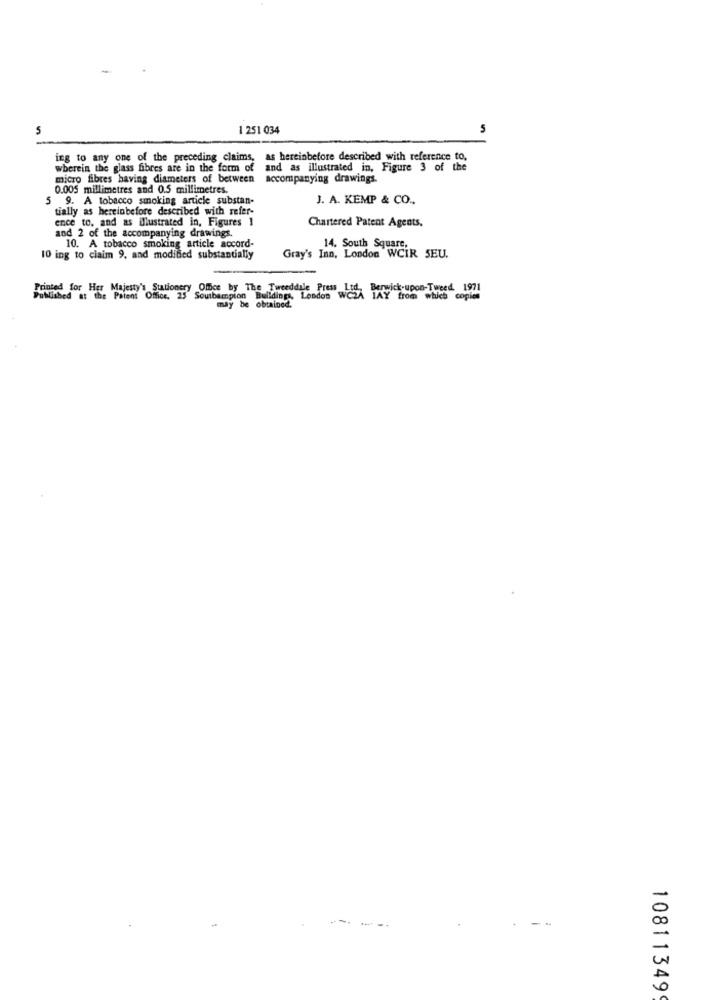
5
1 251 034
ing to any one of the preceding claims, as hereinbefore described with reference to,
wherein the glass fibres are in the form of
and as illustrated in, Figure 3 of the
micro fibres having diameters of between
accompanying drawings.
0.005 millimetres and 0.5 millimetres.
5 9. A tobacco smoking article substan-
J. A. KEMP & CO ..
tially as hereinbefore described with refer-
ence to, and as illustrated in, Figures 1
Chartered Patent Agents,
and 2 of the accompanying drawings.
10. A tobacco smoking article accord-
14. South Square,
10 ing to claim 9, and modified substantially
Gray's Inn, London WCIR SEU.
Printed for Her Majesty's Stationery Office by The Tweeddile uns WER Ly Fromenvies"copie
Souibampion Buildings, London
may be obtained.
-
0
10811349